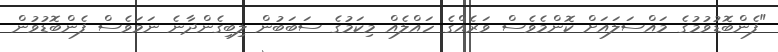
"ފެންބޮޑުވުމުގެ މައްސަލައަށް ކޮންމެވެސް ވަރެއްގެ ހައްލެއް މިކަމުގެ ސަބަބުން ލިބިގެންދާނެ ނަމަވެސް ފެންބޮޑުވުން